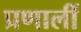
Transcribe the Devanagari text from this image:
प्रणालीं